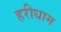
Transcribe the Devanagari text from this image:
हरीधाम